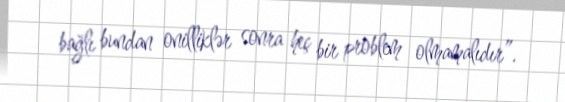
bağlı bundan onilliklər sonra heç bir problem olmamalıdır”.